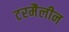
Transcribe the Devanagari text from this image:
टरमैलीन